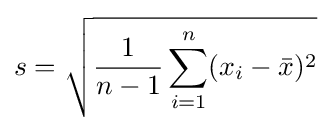
s={\sqrt {{\frac {1}{n-1}}\sum _{i=1}^{n}(x_{i}-{\bar {x}})^{2}}}